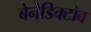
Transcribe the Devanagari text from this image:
बेनेडिक्टोव